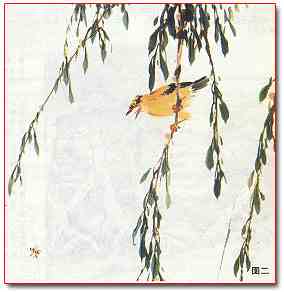
门外绿阴千顷，两两黄鹂相应。